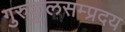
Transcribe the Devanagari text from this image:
गुरुकुलसम्प्रदय